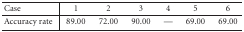
<table><thead><tr><td><b>Case</b></td><td><b>1</b></td><td><b>2</b></td><td><b>3</b></td><td><b>4</b></td><td><b>5</b></td><td><b>6</b></td></tr></thead><tbody><tr><td>Accuracy rate</td><td>89.00</td><td>72.00</td><td>90.00</td><td>—</td><td>69.00</td><td>69.00</td></tr></tbody></table>